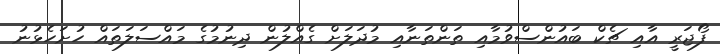
ފޯޖަރީ އާއި ޗެކް ބައުންސްވުމާއި ތަންތަނާއި މުދަލަށް ގެއްލުން ދިނުމުގެ މައްސަލަތައް ހުށަހެޅުނު